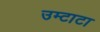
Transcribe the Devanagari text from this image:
उम्टाटा